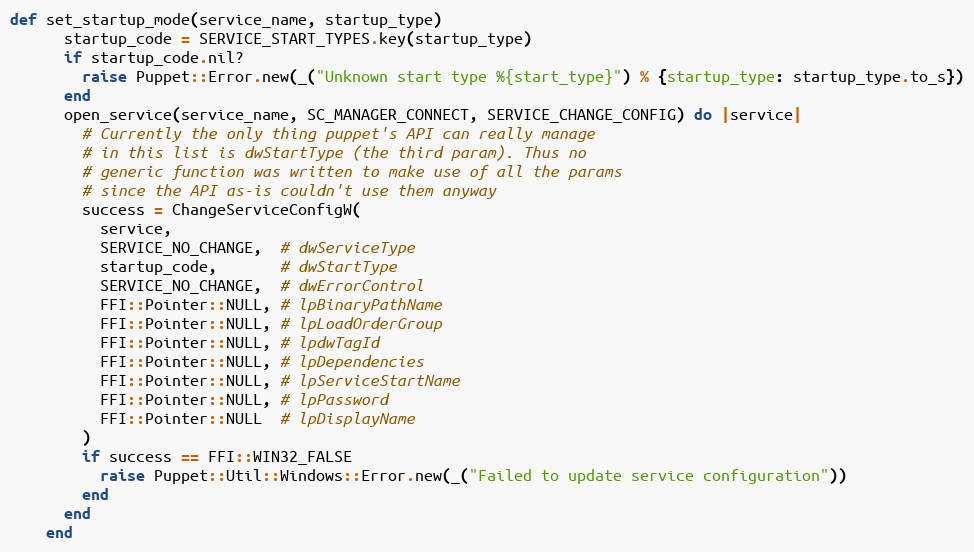
Language: Ruby
def set_startup_mode(service_name, startup_type)
      startup_code = SERVICE_START_TYPES.key(startup_type)
      if startup_code.nil?
        raise Puppet::Error.new(_("Unknown start type %{start_type}") % {startup_type: startup_type.to_s})
      end
      open_service(service_name, SC_MANAGER_CONNECT, SERVICE_CHANGE_CONFIG) do |service|
        # Currently the only thing puppet's API can really manage
        # in this list is dwStartType (the third param). Thus no
        # generic function was written to make use of all the params
        # since the API as-is couldn't use them anyway
        success = ChangeServiceConfigW(
          service,
          SERVICE_NO_CHANGE,  # dwServiceType
          startup_code,       # dwStartType
          SERVICE_NO_CHANGE,  # dwErrorControl
          FFI::Pointer::NULL, # lpBinaryPathName
          FFI::Pointer::NULL, # lpLoadOrderGroup
          FFI::Pointer::NULL, # lpdwTagId
          FFI::Pointer::NULL, # lpDependencies
          FFI::Pointer::NULL, # lpServiceStartName
          FFI::Pointer::NULL, # lpPassword
          FFI::Pointer::NULL  # lpDisplayName
        )
        if success == FFI::WIN32_FALSE
          raise Puppet::Util::Windows::Error.new(_("Failed to update service configuration"))
        end
      end
    end